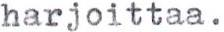
harjoittaa.